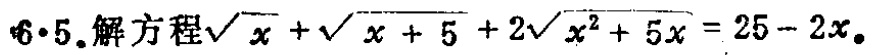
$6\cdot5.解方程\sqrt{x}+\sqrt{x + 5}+2\sqrt{x^{2}+5x}=25 - 2x。$